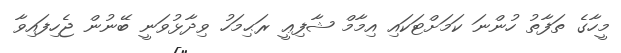
މީހާގެ ތަފާތު ހުންނަ ކަމަށްޓަކައި އިމާމް ޝާފިޢީ ރަޙިމަހު ވިދާޅުވަނީ ބޭނުން ޖެހިފައިވާ